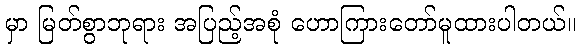
မှာ မြတ်စွာဘုရား အပြည့်အစုံ ဟောကြားတော်မူထားပါတယ်။